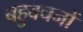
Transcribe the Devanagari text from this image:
बहुवचनों